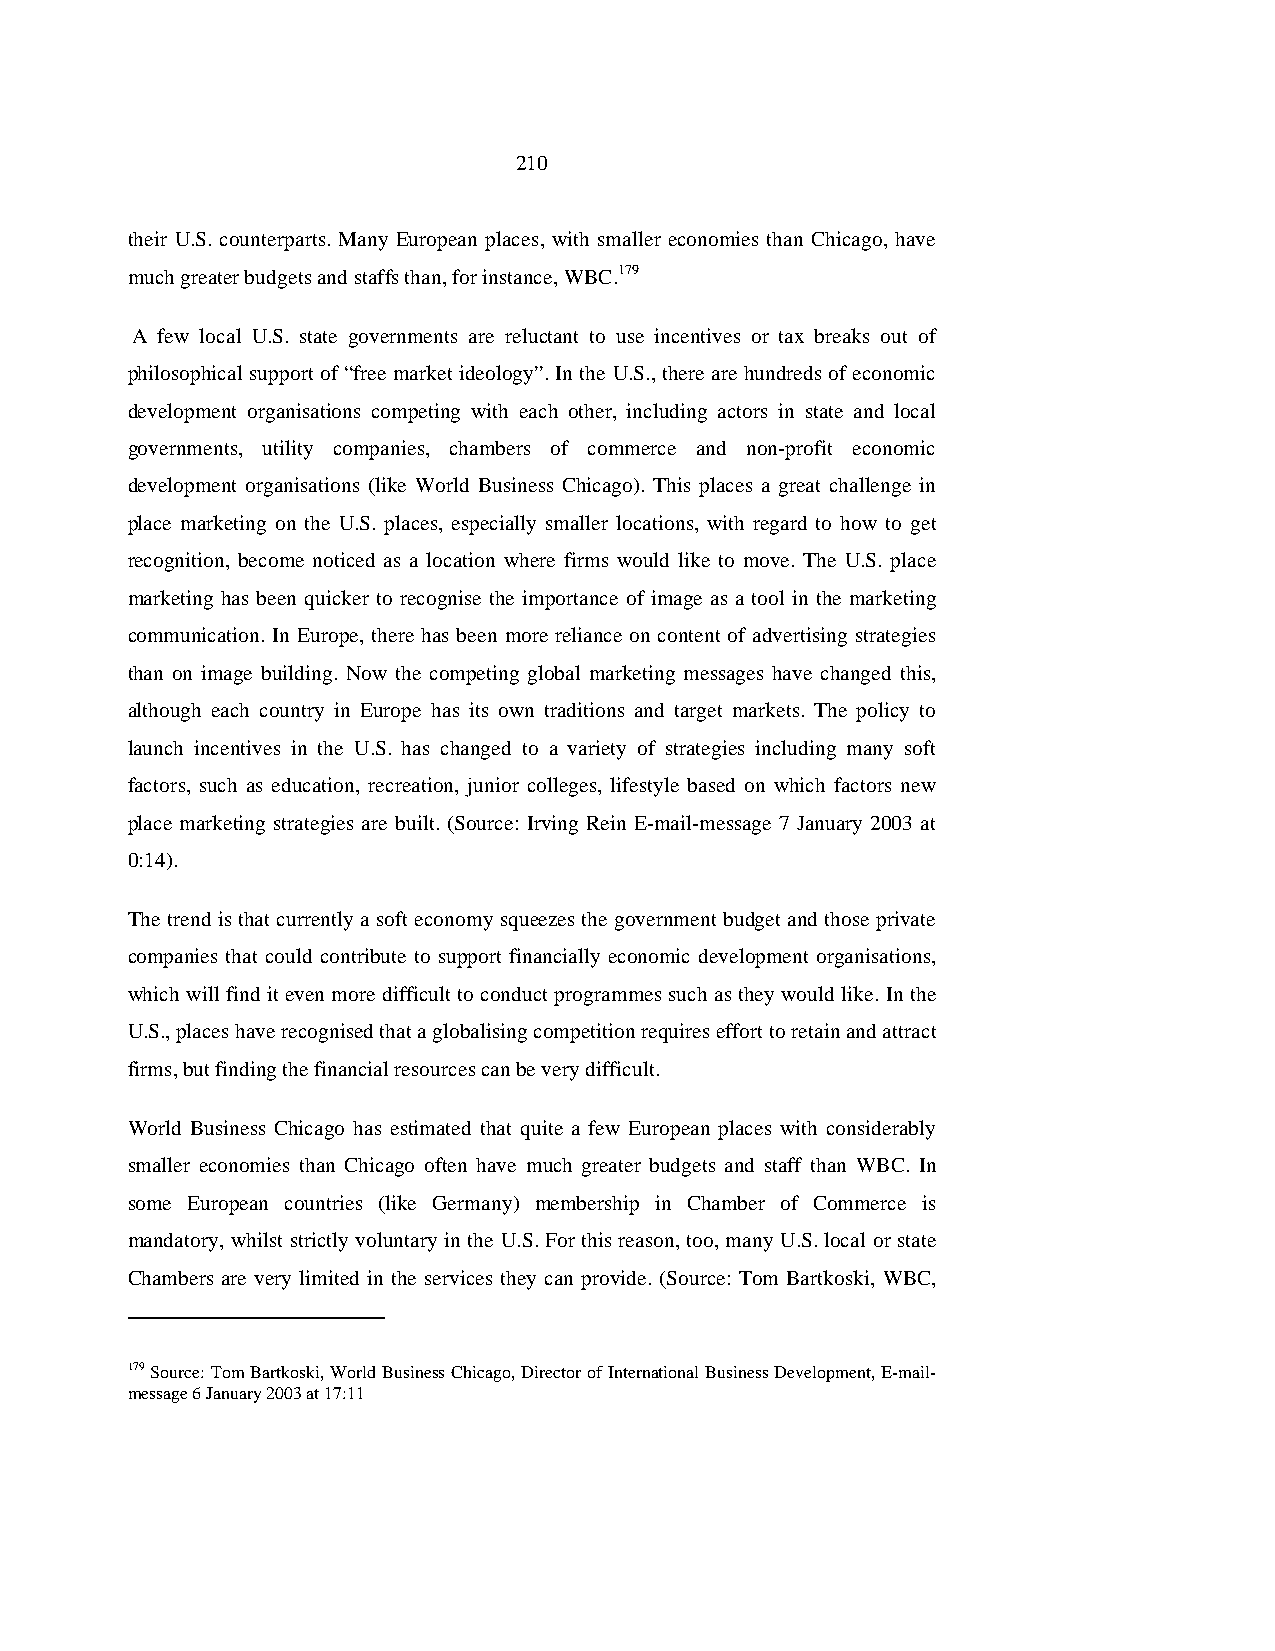
210
 their U.S. counterparts. Many European places, with smaller economies than Chicago, have
 much greater budgets and staffs than, for instance, WBC.179
 A few local U.S. state governments are reluctant to use incentives or tax breaks out of
 philosophical support of “free market ideology”. In the U.S., there are hundreds of economic
 development organisations competing with each other, including actors in state and local
 governments, utility companies, chambers of commerce and non-profit economic
 development organisations (like World Business Chicago). This places a great challenge in
 place marketing on the U.S. places, especially smaller locations, with regard to how to get
 recognition, become noticed as a location where firms would like to move. The U.S. place
 marketing has been quicker to recognise the importance of image as a tool in the marketing
 communication. In Europe, there has been more reliance on content of advertising strategies
 than on image building. Now the competing global marketing messages have changed this,
 although each country in Europe has its own traditions and target markets. The policy to
 launch incentives in the U.S. has changed to a variety of strategies including many soft
 factors, such as education, recreation, junior colleges, lifestyle based on which factors new
 place marketing strategies are built. (Source: Irving Rein E-mail-message 7 January 2003 at
 0:14).
 The trend is that currently a soft economy squeezes the government budget and those private
 companies that could contribute to support financially economic development organisations,
 which will find it even more difficult to conduct programmes such as they would like. In the
 U.S., places have recognised that a globalising competition requires effort to retain and attract
 firms, but finding the financial resources can be very difficult.
 World Business Chicago has estimated that quite a few European places with considerably
 smaller economies than Chicago often have much greater budgets and staff than WBC. In
 some European countries (like Germany) membership in Chamber of Commerce is
 mandatory, whilst strictly voluntary in the U.S. For this reason, too, many U.S. local or state
 Chambers are very limited in the services they can provide. (Source: Tom Bartkoski, WBC,
 179 Source: Tom Bartkoski, World Business Chicago, Director of International Business Development, E-mail-
 message 6 January 2003 at 17:11